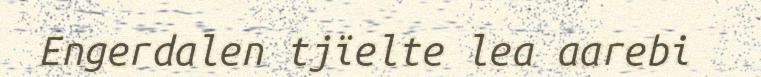
Engerdalen tjïelte lea aarebi